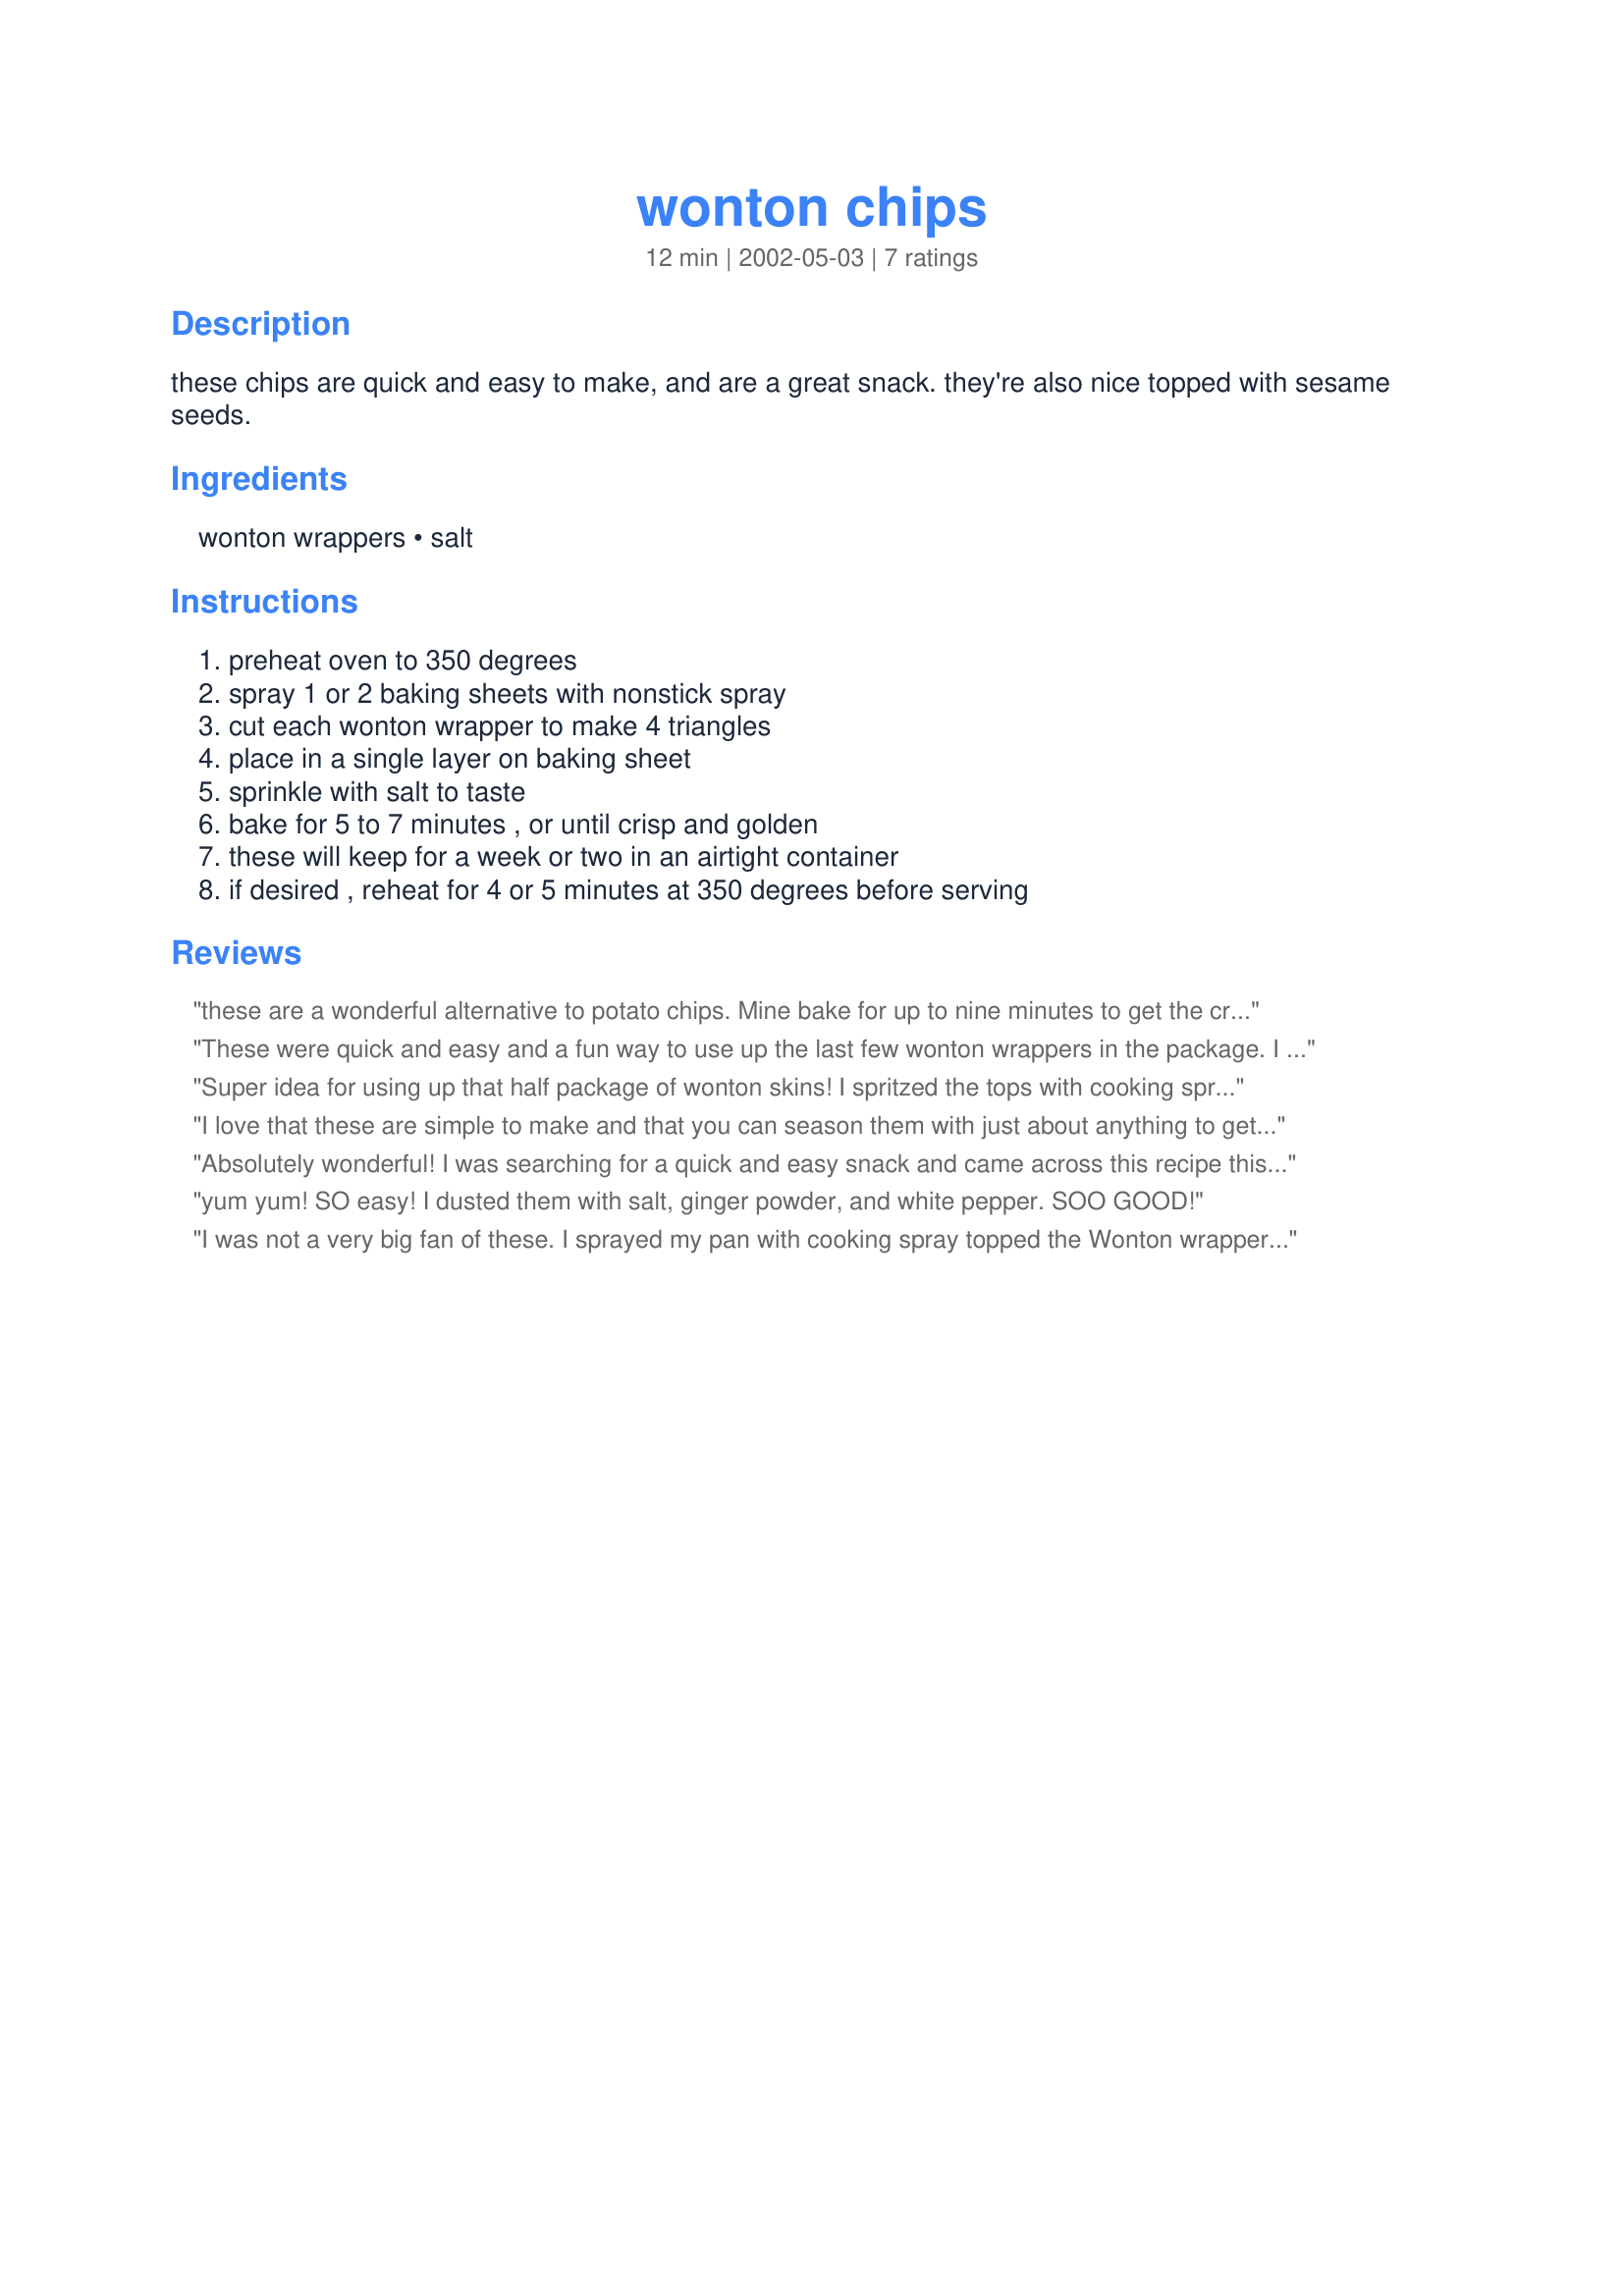
wonton chips
Preparation time: 12 minutes

these chips are quick and easy to make, and are a great snack. they're also nice topped with sesame seeds.

Ingredients:
wonton wrappers, salt

Steps:
preheat oven to 350 degrees, spray 1 or 2 baking sheets with nonstick spray, cut each wonton wrapper to make 4 triangles, place in a single layer on baking sheet, sprinkle with salt to taste, bake for 5 to 7 minutes , or until crisp and golden, these will keep for a week or two in an airtight container, if desired , reheat for 4 or 5 minutes at 350 degrees before serving

Reviews:
these are a wonderful alternative to potato chips. Mine bake for up to nine minutes to get the cripsiness we desisire. Will make them for our chinese new year celebration.
These were quick and easy and a fun way to use up the last few wonton wrappers in the package. I used a non-stick pan but sprayed the wontons lightly to help the spices stick. We used a variety of toppings: cinnamon-sugar, sea salt, Jane's Crazy Mixed-Up Salt, and the topping from Mixed Seed Crisp Bread #88207. Do watch as they go from not-quite-done to overdone very quickly! I think the savory ones, perhaps made a bit smaller, would be terrific in salads or sprinkled on soup, too. Thanks so much!
Super idea for using up that half package of wonton skins! I spritzed the tops with cooking spray before sprinkling with Recipe #211317 and after 4 minutes, they were golden brown and crispy. A terrific change from potato chips and pita crisps!
I love that these are simple to make and that you can season them with just about anything to get the taste you are looking for. I sprayed mine with cooking spray before seasoning them with salt and a fiesta seasoning mix, they tasted awesome! Thanks for the recipe.
Absolutely wonderful! I was searching for a quick and easy snack and came across this recipe this morning. I went right into the kitchen and made them. I was so thrilled to have a recipe that was so simple and the outcome be so delicious. I sprinkled alittle salt and pepper with a dash of greek seasoning over the chips before baking. Thanks for sharing this great snack!
yum yum! SO easy! I dusted them with salt, ginger powder, and white pepper. SOO GOOD!
I was not a very big fan of these. I sprayed my pan with cooking spray topped the Wonton wrappers with spray butter and sprinkled with cinnamon and sugar. My girls loved them, but my husband and I just didn't care for them. Sorry:o(
